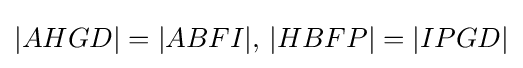
|AHGD|=|ABFI|,\,|HBFP|=|IPGD|